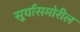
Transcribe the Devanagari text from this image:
सूर्यासमोरील